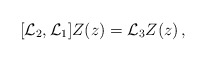
\begin{align*}[{\cal L}_{2},{\cal L}_{1}]Z(z)={\cal L}_{3}Z(z)\,,\end{align*}